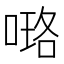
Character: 𠻐